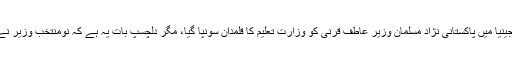
بین الاقوامی میڈیا کے مطابق ریاست ورجینیا میں پاکستانی نژاد مسلمان وزیر عاطف قرنی کو وزارت تعلیم کا قلمدان سونپا گیا، مگر دلچسپ بات یہ ہے کہ نومنتخب وزیر نے اپنے عہدے کا حلف قرآن پاک پر اٹھایا۔